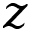
z